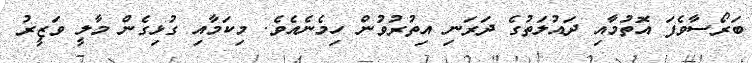
ބަރޯސާވެފަ އޮތުމާއި ދައުލަތުގެ ދަރަނި އިތުރުވުން ހިމެނެއެވެ. މިކަމާއި ގުޅިގެން މާލީ ވަޒީރު